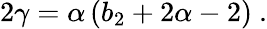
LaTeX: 2\gamma=\alpha\left(b_{2}+2\alpha-2\right)\ .